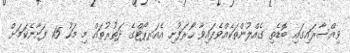
ވިއްސާރައިގައި ބޮޑެތި ގެއްލުންތަކެއްވެފައިވާ ހޯރަފުށި އެއަރޕޯޓްގެ ދަތުރުތައް މި މަހު 15 ފަށާނެކަމަށް